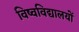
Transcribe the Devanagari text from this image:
विष्वविद्यालयों